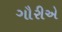
ગૌરીએ